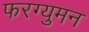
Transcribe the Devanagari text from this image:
फरग्युमन